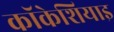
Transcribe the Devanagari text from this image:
कॉकेशियाइ